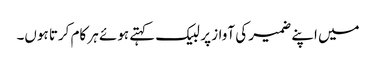
میں اپنے ضمیر کی آواز پر لبیک کہتے ہوئے ہر کام کرتا ہوں۔